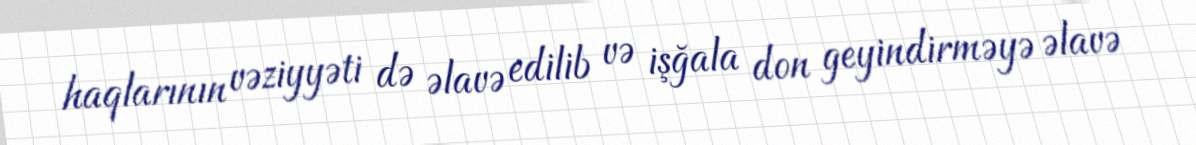
haqlarının vəziyyəti də əlavə edilib və işğala don geyindirməyə əlavə